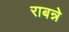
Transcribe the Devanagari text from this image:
राबन्ने